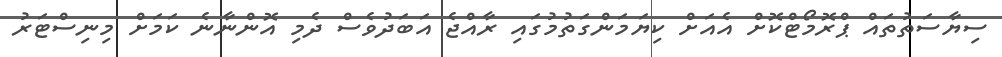
ސިޔާސަތުތައް ޕްރޮމޯޓްކޮށް އެއަށް ކިޔަމަންގަތުމުގައި ރާއްޖެ އަބަދުވެސް ދެމި އޮންނާނެ ކަމަށް މިނިސްޓަރު